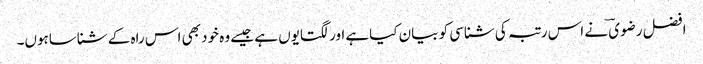
افضل رضوی ؔنے اس رتبہ کی شناسی کو بیان کیاہے اور لگتایوں ہے جیسے وہ خود بھی اس راہ کے شناساہوں۔